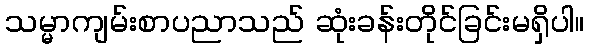
သမ္မာကျမ်းစာပညာသည် ဆုံးခန်းတိုင်ခြင်းမရှိပါ။